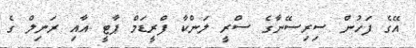
އޭގެ ފަހުން ސިރިސޭނާގެ ސްރީ ލަންކާ ފްރީޑަމް ޕާޓީ އާއި ރަނިލް ގެ